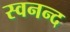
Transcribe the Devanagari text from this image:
स्वनन्द